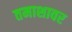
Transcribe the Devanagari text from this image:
तमाशावर